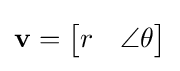
\mathbf {v} ={\begin{bmatrix}r&\angle \theta \end{bmatrix}}